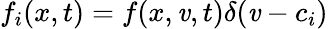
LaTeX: f_{i}(x,t)=f(x,\mathit{v},t)\delta(\mathit{v}-c_{i})